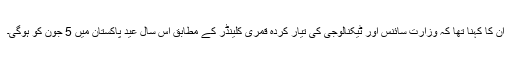
ان کا کہنا تھا کہ وزارت سائنس اور ٹیکنالوجی کی تیار کردہ قمری کلینڈر کے مطابق اس سال عید پاکستان میں 5 جون کو ہوگی۔